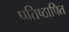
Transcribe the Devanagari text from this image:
प्रतिष्ठापित